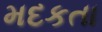
મદકતા